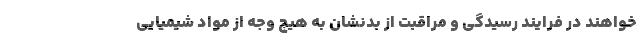
­خواهند در فرایند رسیدگی و مراقبت از بدنشان به هیچ وجه از مواد شیمیایی